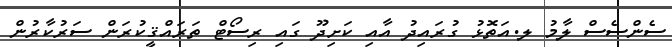
ސެންސެސް ލާމު ލ.އަތޮޅު ގުރައިދު އާއި ކަށިދޫ ގައި ރިސޯޓް ތަރައްޤީކުރަން ސަރުކާރުން